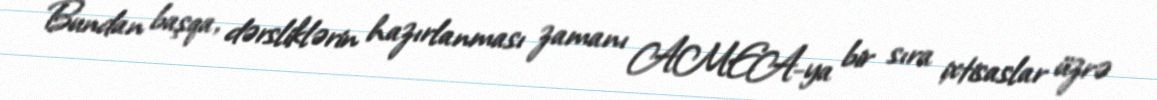
Bundan başqa, dərsliklərin hazırlanması zamanı AMEA-ya bir sıra ixtisaslar üzrə